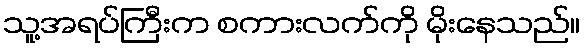
သူ့အရပ်ကြီးက စကားလက်ကို မိုးနေသည်။